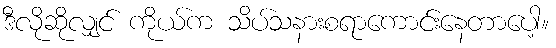
ဒီလိုဆိုလျှင် ကိုယ်က သိပ်သနားစရာကောင်းနေတာပေါ့။